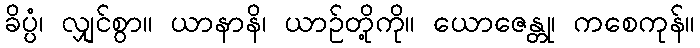
ခိပ္ပံ၊ လျှင်စွာ။ ယာနာနိ၊ ယာဉ်တို့ကို။ ယောဇေန္တု၊ ကစေကုန်။